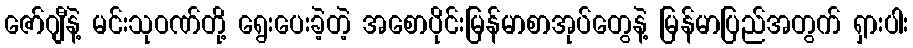
ဇော်ဂျီနဲ့ မင်းသုဝဏ်တို့ ရွေးပေးခဲ့တဲ့ အစောပိုင်းမြန်မာစာအုပ်တွေနဲ့ မြန်မာပြည်အတွက် ရှားပါး